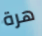
هرة